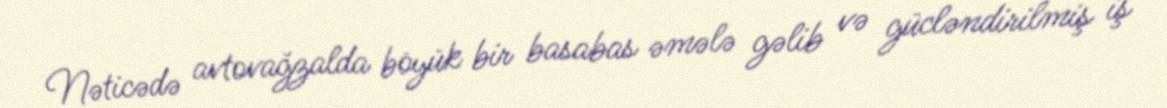
Nəticədə avtovağzalda böyük bir basabas əmələ gəlib və gücləndirilmiş iş